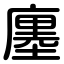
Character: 廛